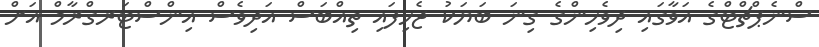
ސްނެޕްޗްޓްގެ އަވާގައި ދިވެހިންގެ ގިނަ ބަޔަކު ޖެހިފައި ތިއްބަސް އަދިވެސް އިންސްޓަރގްރާމް އަށް